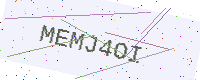
Text: MEMJ4OI